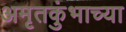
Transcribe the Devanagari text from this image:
अमृतकुंभाच्या